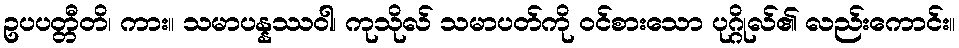
ဥပပတ္တီတိ၊ ကား။ သမာပန္နဿဝါ၊ ကုသိုလ် သမာပတ်ကို ဝင်စားသော ပုဂ္ဂိုလ်၏ လည်းကောင်း။